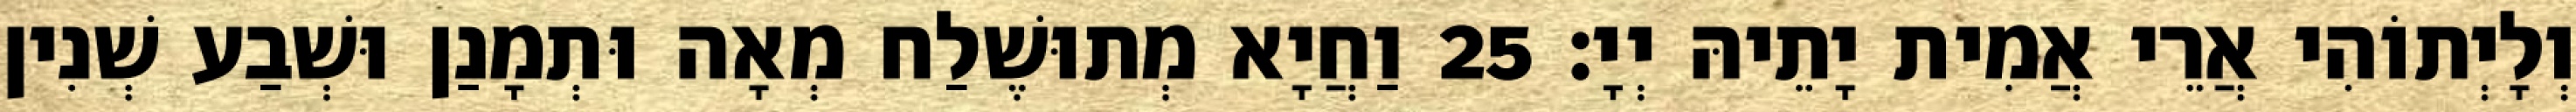
וְלָיְתוֹהִי אֲרֵי אֲמִית יָתֵיהּ יְיָ׃ 25 וַחֲיָא מְתוּשֶׁלַח מְאָה וּתְמָנַן וּשְׁבַע שְׁנִין